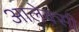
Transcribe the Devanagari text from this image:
आलेक्सी